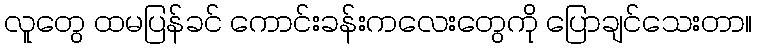
လူတွေ ထမပြန်ခင် ကောင်းခန်းကလေးတွေကို ပြောချင်သေးတာ။